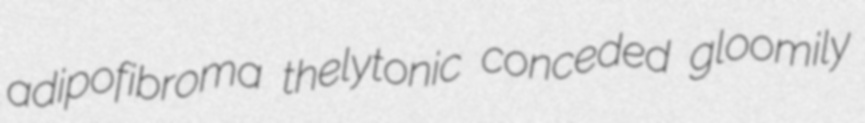
adipofibroma thelytonic conceded gloomily